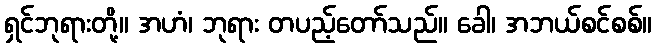
ရှင်ဘုရားတို့။ အဟံ၊ ဘုရား တပည့်တော်သည်။ ခေါ၊ အဘယ်စင်စစ်။